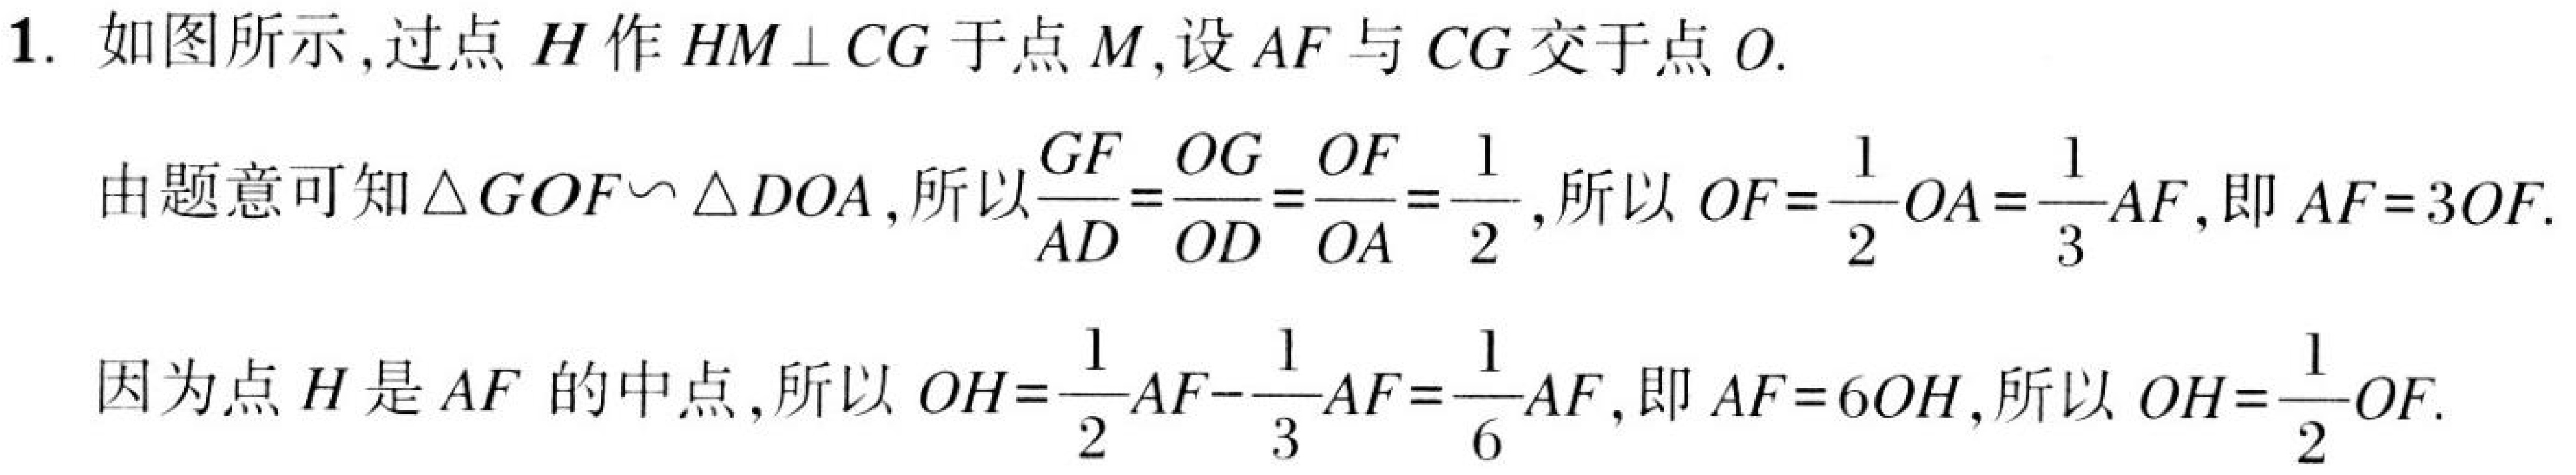
1. 如图所示,过点\(H\)作\(HM\perp CG\)于点\(M\),设\(AF\)与\(CG\)交于点\(O\).
由题意可知\(\triangle GOF\sim\triangle DOA\),所以\(\frac{GF}{AD}=\frac{OG}{OD}=\frac{OF}{OA}=\frac{1}{2}\),所以\(OF = \frac{1}{2}OA=\frac{1}{3}AF\),即\(AF = 3OF\).
因为点\(H\)是\(AF\)的中点,所以\(OH=\frac{1}{2}AF-\frac{1}{3}AF=\frac{1}{6}AF\),即\(AF = 6OH\),所以\(OH=\frac{1}{2}OF\).